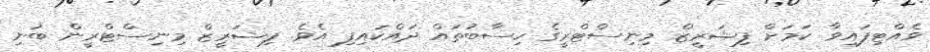
ވެއްޓިފައިވާ ކަމަށް ފިޝަރީޒް މިނިސްޓްރީގެ ހިސާބުތައް ދައްކައިފި އެވެ. ފިޝަރީޒް މިނިސްޓްރީން ބުނި